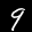
Label: 9